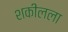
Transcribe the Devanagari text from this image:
शकीलला